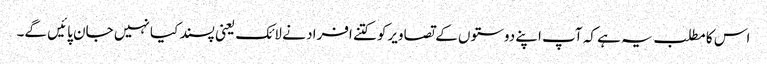
اس کا مطلب یہ ہے کہ آپ اپنے دوستوں کے تصاویرکو کتنے افراد نے لائک یعنی پسند کیا نہیں جان پائیں گے۔